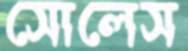
সোলেস